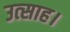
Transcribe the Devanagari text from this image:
उत्‍साह।